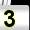
Digit: 3